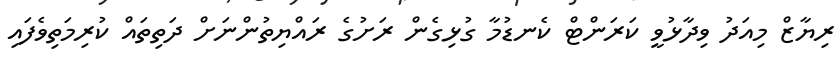
ރިޔާޒް މިއަދު ވިދާޅުވީ ކަރަންޓް ކެނޑުމާ ގުޅިގެން ރަށުގެ ރައްޔިތުންނަށް ދަތިތައް ކުރިމަތިވެފައި